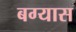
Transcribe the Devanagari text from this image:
बग्यास